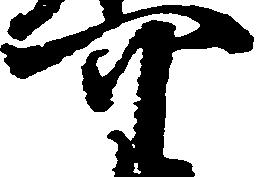
可